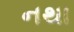
નથા